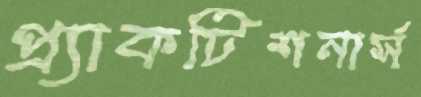
প্র্যাকটিশনার্স